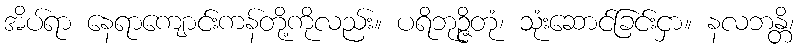
အိပ်ရာ နေရာကျောင်းကန်တို့ကိုလည်း။ ပရိဘုဉ္ဇိတုံ၊ သုံးဆောင်ခြင်းငှာ။ နလဘန္တိ၊